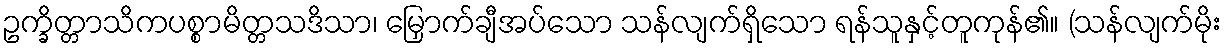
ဥက္ခိတ္တာသိကပစ္စာမိတ္တသဒိသာ၊ မြှောက်ချီအပ်သော သန်လျက်ရှိသော ရန်သူနှင့်တူကုန်၏။ (သန်လျက်မိုး